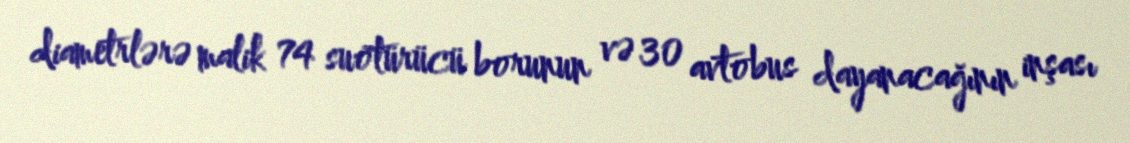
diametrlərə malik 74 suötürücü borunun və 30 avtobus dayanacağının inşası